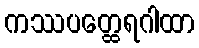
ကဿပတ္ထေရဂါထာ